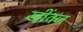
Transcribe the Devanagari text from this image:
खींवज